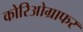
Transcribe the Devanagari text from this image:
कोरिओग्राफर